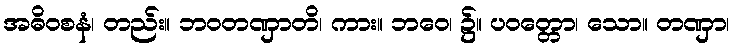
အဓိဝစနံ၊ တည်း။ ဘဝတဏှာတိ၊ ကား။ ဘဝေ၊ ၌။ ပဝတ္တော၊ သော။ တဏှာ၊